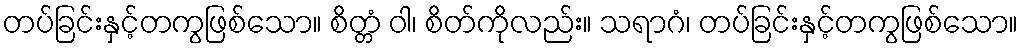
တပ်ခြင်းနှင့်တကွဖြစ်သော။ စိတ္တံ ဝါ၊ စိတ်ကိုလည်း။ သရာဂံ၊ တပ်ခြင်းနှင့်တကွဖြစ်သော။